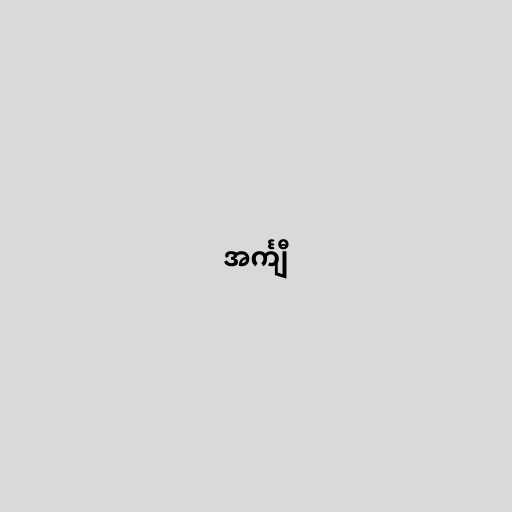
အင်္ကျီ